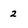
Character: 2